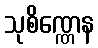
သုစိဏ္ဏေန